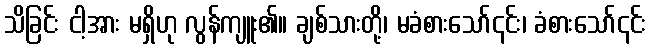
သိခြင်း ငါ့အား မရှိဟု လွန်ကျူး၏။ ချစ်သားတို့၊ မခံစားသော်၎င်း၊ ခံစားသော်၎င်း